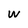
Character: w